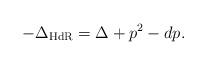
LaTeX: \begin{align*}-\Delta_{\rm HdR}=\Delta +p^2-dp .\end{align*}